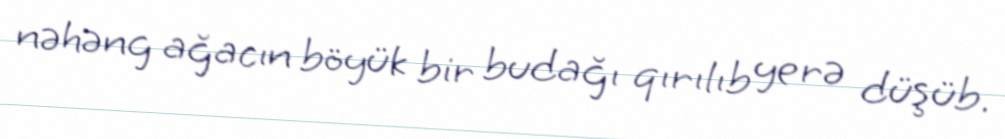
nəhəng ağacın böyük bir budağı qırılıb yerə düşüb.